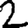
Digit: 2